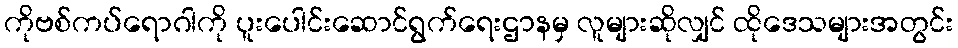
ကိုဗစ်ကပ်ရောဂါကို ပူးပေါင်းဆောင်ရွက်ရေးဌာနမှ လူများဆိုလျှင် ထိုဒေသများအတွင်း